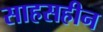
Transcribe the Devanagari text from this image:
साहसहीन